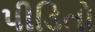
પીડિતો